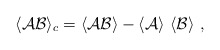
\begin{align*} \langle {\cal A}{\cal B} \rangle_c = \langle {\cal A}{\cal B} \rangle - \langle {\cal A} \rangle~\langle {\cal B} \rangle~,\end{align*}